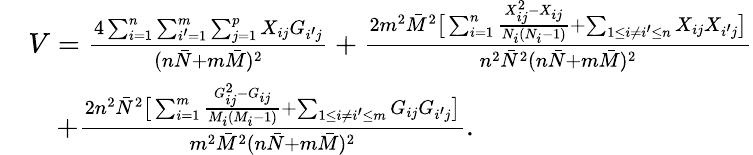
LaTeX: \begin{array}{rl}&{V=\frac{4\sum_{i=1}^{n}\sum_{i^{\prime}=1}^{m}\sum_{j=1}^{p}X_{ij}G_{i^{\prime}j}}{(n\bar{N}+m\bar{M})^{2}}+\frac{2m^{2}\bar{M}^{2}\big[\sum_{i=1}^{n}\frac{X_{ij}^{2}-X_{ij}}{N_{i}(N_{i}-1)}+\sum_{1\leq i\neq i^{\prime}\leq n}X_{ij}X_{i^{\prime}j}\big]}{n^{2}\bar{N}^{2}(n\bar{N}+m\bar{M})^{2}}}\\ &{\quad+\frac{2n^{2}\bar{N}^{2}\big[\sum_{i=1}^{m}\frac{G_{ij}^{2}-G_{ij}}{M_{i}(M_{i}-1)}+\sum_{1\leq i\neq i^{\prime}\leq m}G_{ij}G_{i^{\prime}j}\big]}{m^{2}\bar{M}^{2}(n\bar{N}+m\bar{M})^{2}}.}\end{array}